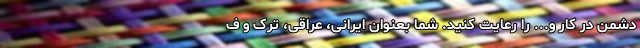
دشمن در کار و... را رعایت کنید. شما بعنوان ایرانی، عراقی، ترک و ف